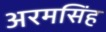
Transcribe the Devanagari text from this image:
अरमसिंह